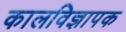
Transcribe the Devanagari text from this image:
कालविज्ञापक